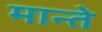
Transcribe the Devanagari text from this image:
मान्ते